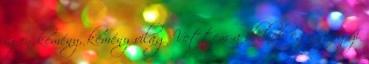
igen kemény, kemény világ Vettem a dednek egy gagyi